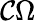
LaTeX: {\mathcal{C}}\Omega